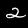
Label: 2